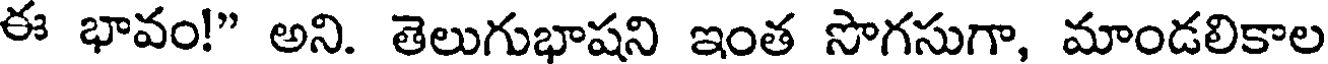
ఈ భావం!" అని. తెలుగుభాషని ఇంత సొగసుగా, మాండలికాల